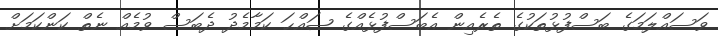
ވަސައްލަމަގެ ބަސްފުޅުތަކުގެ ތެރެއިން އެބަސްފުޅެއްގެ ޞައްޙަ ކަމާމެދު ދެބަސް ވުމެއް ނެތް ކަންކަމަށް